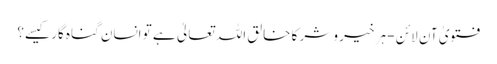
فتویٰ آن لائن - ہر خیر و شر کا خالق اللہ تعالیٰ ہے تو انسان گناہ گار کیسے؟